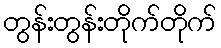
တွန်းတွန်းတိုက်တိုက်